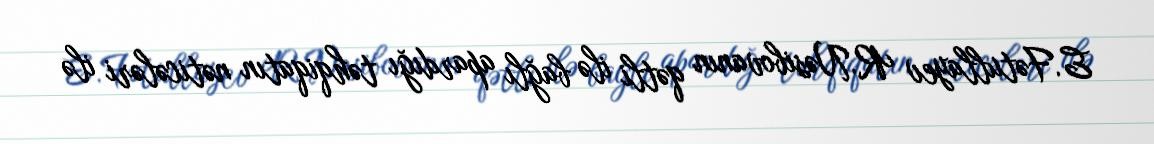
E.Fətullayev R.Nəsibovanın qətli ilə bağlı apardığı təhqiqatın nəticələri ilə